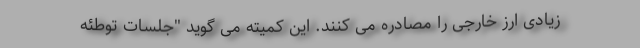
زیادی ارز خارجی را مصادره می کنند. این کمیته می گوید "جلسات توطئه